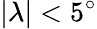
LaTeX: |\lambda|<5^{\circ}